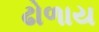
ઢોળાય